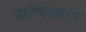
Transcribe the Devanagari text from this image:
प्राणिउद्यान